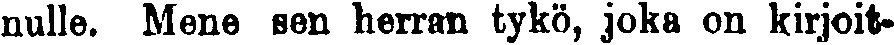
nulle. Mene sen herran tykö, joka on kirjoit-